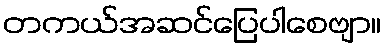
တကယ်အဆင်ပြေပါစေဗျာ။